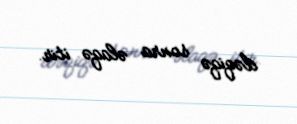
dəqiqə sonra əlaqə itir.